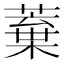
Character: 𮑒